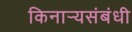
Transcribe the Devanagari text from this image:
किनार्‍यसंबंधी